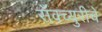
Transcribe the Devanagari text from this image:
सॅंक्च्युरीचे